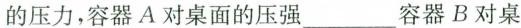
的压力，容器A对桌面的压强这种容器B对桌